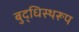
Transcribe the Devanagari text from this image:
बुद्धिस्थरूप